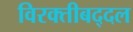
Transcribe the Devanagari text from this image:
विरक्तीबद्दल